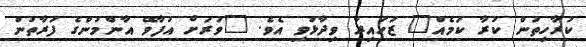
ކުރާހިތުން ކުރާ ކަމެއް" ޒުހައިރާ ވިދާޅުވި އެވެ. "ވަރަށް އުފާވޭ އާންމުންގެ ފަރާތުން